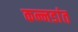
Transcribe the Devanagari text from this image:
कन्नडांत